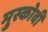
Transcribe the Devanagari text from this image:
मुस्कोवी